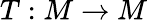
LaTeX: T:M\to M